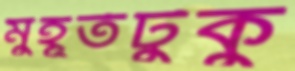
মুহূর্তটুকু